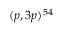
( p , 3 p ) ^ { 5 4 }